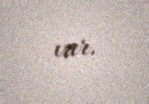
var.